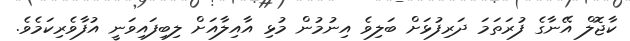
ކާޖޮލް އޭނާގެ ފުރަތަމަ ދަރިފުޅަށް ބަލިވެ އިނުމުން މުޅި އާއިލާއަށް ލިބިފައިވަނީ އުފާވެރިކަމެވެ.